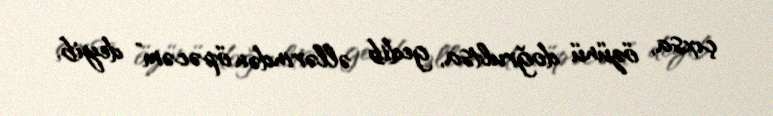
çıxsa, özünü doğrultsa, gedib əllərindən öpəcəm” deyib.